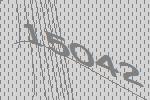
15042